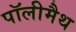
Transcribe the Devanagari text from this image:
पॉलीमैथ